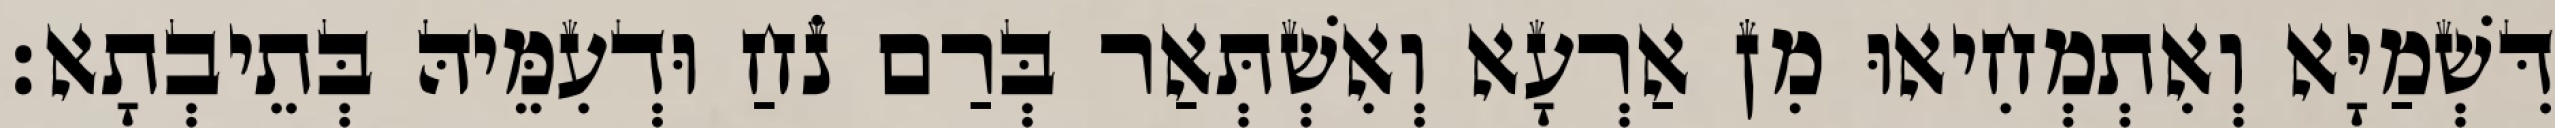
דִּשְׁמַיָּא וְאִתְמְחִיאוּ מִן אַרְעָא וְאִשְׁתְּאַר בְּרַם נֹחַ וּדְעִמֵּיהּ בְּתֵיבְתָא׃